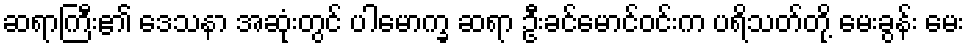
ဆရာကြီး၏ ဒေသနာ အဆုံးတွင် ပါမောက္ခ ဆရာ ဦးခင်မောင်ဝင်းက ပရိသတ်တို့ မေးခွန်း မေး